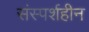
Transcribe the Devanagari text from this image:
संस्पर्शहीन